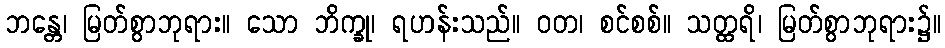
ဘန္တေ၊ မြတ်စွာဘုရား။ သော ဘိက္ခု၊ ရဟန်းသည်။ ဝတ၊ စင်စစ်။ သတ္ထရိ၊ မြတ်စွာဘုရား၌။